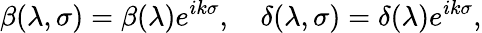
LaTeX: \beta(\lambda,\sigma)=\beta(\lambda)e^{ik\sigma},\quad\delta(\lambda,\sigma)=\delta(\lambda)e^{ik\sigma},